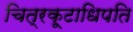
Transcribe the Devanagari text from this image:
चित्रकूटाधिपति